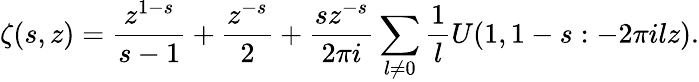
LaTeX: \zeta(s,z)=\frac{z^{1-s}}{s-1}+\frac{z^{-s}}{2}+\frac{sz^{-s}}{2\pi i}\sum_{l\ne 0}\frac 1lU(1,1-s:-2\pi ilz).